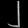
Digit: ၂